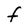
Character: f